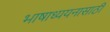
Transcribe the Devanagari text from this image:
भाषाध्ययनासाठी